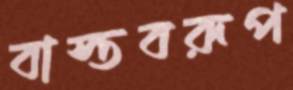
বাস্তবরূপ